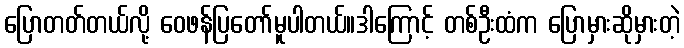
ပြောတတ်တယ်လို့ ဝေဖန်ပြတော်မူပါတယ်။ဒါကြောင့် တစ်ဦးထံက ပြောမှားဆိုမှားတဲ့